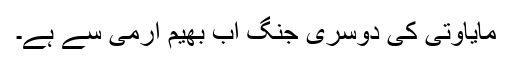
مایاوتی کی دوسری جنگ اب بھیم آرمی سے ہے۔